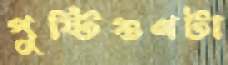
পুষ্টিগুণটা